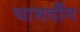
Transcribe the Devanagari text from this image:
चामदौंग